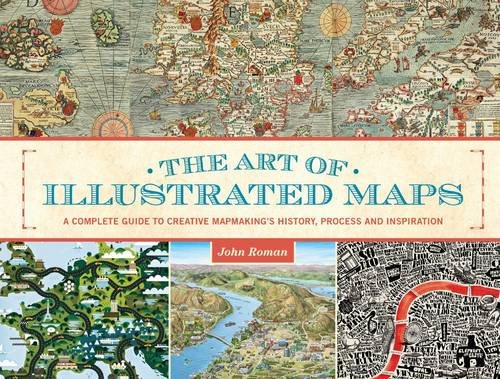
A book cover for The Art of Illustrated Maps: A Complete Guide to Creative Mapmaking's History, Process and Inspiration; John Roman; Arts & Photography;